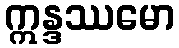
ဣန္ဒဿမော